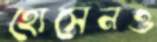
হোসেনও